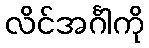
လိင်အင်္ဂါကို